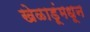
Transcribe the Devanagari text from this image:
खेळाडूंमधून